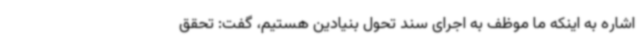
اشاره به اینکه ما موظف به اجرای سند تحول بنیادین هستیم، گفت: تحقق